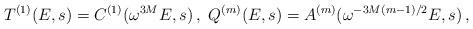
LaTeX: \begin{align*}T^{(1)}(E,s)= C^{(1)}(\omega^{3M}E,s) \,, \ Q^{(m)}(E,s)=A^{(m)}(\omega^{-3M(m-1)/2}E,s)\,,\end{align*}